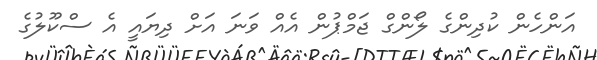
އަންހެން ކުދިންގެ ލޯންގް ޖަމްޕުން އެއް ވަނަ އަށް ދިޔައީ އެ ސްކޫލުގެ